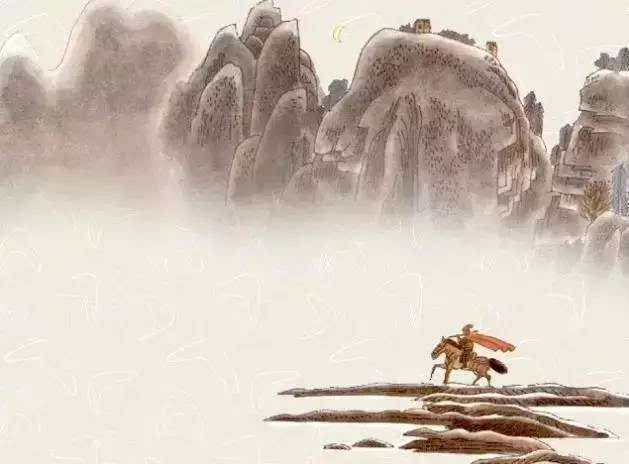
一片花飞减却春，风飘万点正愁人。